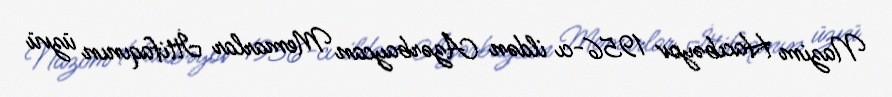
Nazim Hacıbəyov 1956-cı ildən Azərbaycan Memarlar İttifaqının üzvü